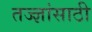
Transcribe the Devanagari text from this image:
तज्ज्ञांसाठी